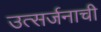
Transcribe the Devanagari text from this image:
उत्सर्जनाची